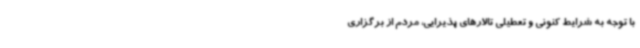
با توجه به شرایط کنونی و تعطیلی تالارهای پذیرایی، مردم از برگزاری